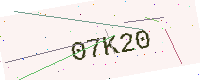
Text: 07K20